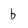
Character: b